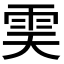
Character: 𩂉